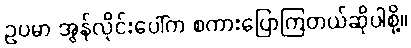
ဥပမာ အွန်လိုင်းပေါ်က စကားပြောကြတယ်ဆိုပါစို့။